Report of the Municipal Commissioner on the plague in Bombay for the year ending 31st May... - Volume 1
Disease focus: Plague
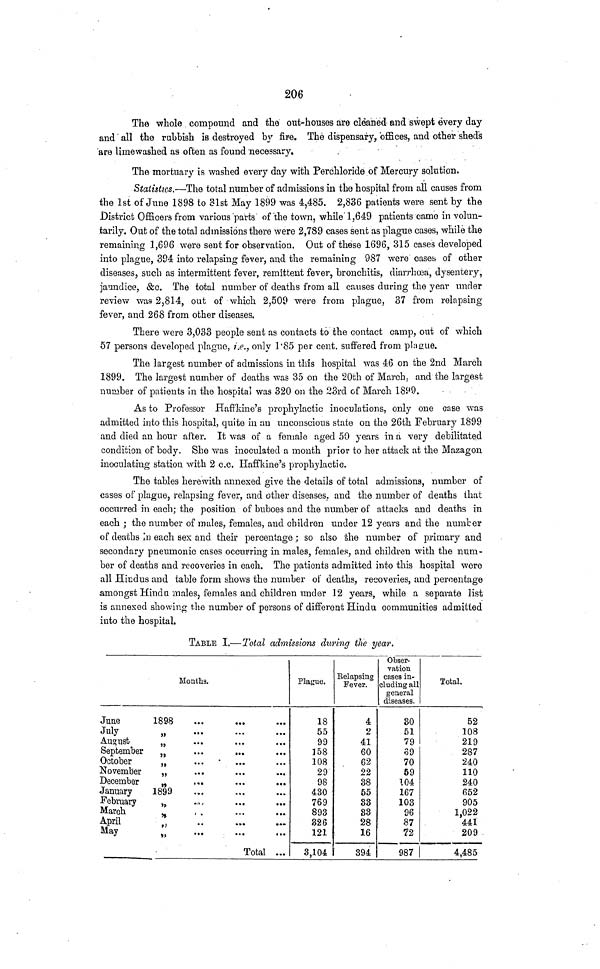
206
The whole compound and the out-houses are cleaned and swept every day
and all the rubbish is destroyed by fire. The dispensary, offices, and other sheds
are limewashed as often as found necessary.
The mortuary is washed every day with Perchloride of Mercury solution,
Statistics.—The total number of admissions in the hospital from all causes from
the 1st of June 1898 to 31st May 1899 was 4,485. 2,836 patients were sent by the
District Officers from various parts of the town, while 1,649 patients came in volun-
tarily. Out of the total admissions there were 2,789 cases sent as plague cases, while the
remaining 1,696 were sent for observation. Out of these 1696, 315 cases developed
into plague, 394 into relapsing fever, and the remaining 987 were cases of other
diseases, such as intermittent fever, remittent fever, bronchitis, diarrhoea, dysentery,
jaundice, &c. The total number of deaths from all causes during the year under
review was 2,814, out of which 2,509 were from plague, 37 from relapsing
fever, and 268 from other diseases.
There were 3,033 people sent as contacts to the contact camp, out of which
57 persons developed plague, i.e., only 1·85 per cent, suffered from plague.
Tha largest number of admissions in this hospital was 46 on the 2nd March
1899. The largest number of deaths was 35 on the 20th of March, and the largest
number of patients in the hospital was 320 on the 23rd of March 1899.
As to Professor Haffkine's prophylactic inoculations, only one case was
admitted into this hospital, quite in an unconscious state on the 26th February 1899
and died an hour after. It was of a female aged 50 years in a very debilitated
condition of body. She was inoculated a month prior to her attack at the Mazagon
inoculating station with 2 c.c. Haffkine's prophylactic.
The tables herewith annexed give the details of total admissions, number of
cases of plague, relapsing fever, and other diseases, and the number of deaths that
occurred in each; the position of buboes and the number of attacks and deaths in
each ; the number of males, females, and children under 12 years and the number
of deaths In each sex and their percentage; so also the number of primary and
secondary pneumonic cases occurring in males, females, and children with the num-
ber of deaths and recoveries in each. The patients admitted into this hospital were
all Hindus and table form shows the number of deaths, recoveries, and percentage
amongst Hind a males, females and children under 12 years, while a separate list
is annexed showing the number of persons of different Hindu communities admitted
into the hospital.
TABLE I.—Total admissions during the year.
June
July
August
September
October
November
December
January
February
March
April
May
1898
,,
,,
,,
,,
,,
,,
1899
,,
,,
,,
,,
Months.
.
.
.
.
.
4
,
„
.
-
Total ...
Plague.
18
55
99
158
108
29
98
430
769
893
826
121
3,104
Relapsing
Fever.
4
2
41
60
62
22
38
55
83
S3
28
16
394
Obser-
vation
cases in-
cluding all
general
diseases.
30
51
79
69
70
69
104
167
103
96
87
72
987
Total.
52
108
219
287
240
110
240
652
905
1,022
441
209
4,485